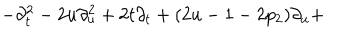
- \partial _ { t } ^ { 2 } - 2 u \partial _ { u } ^ { 2 } + 2 t \partial _ { t } + ( 2 u - 1 - 2 p _ { 2 } ) \partial _ { u } +